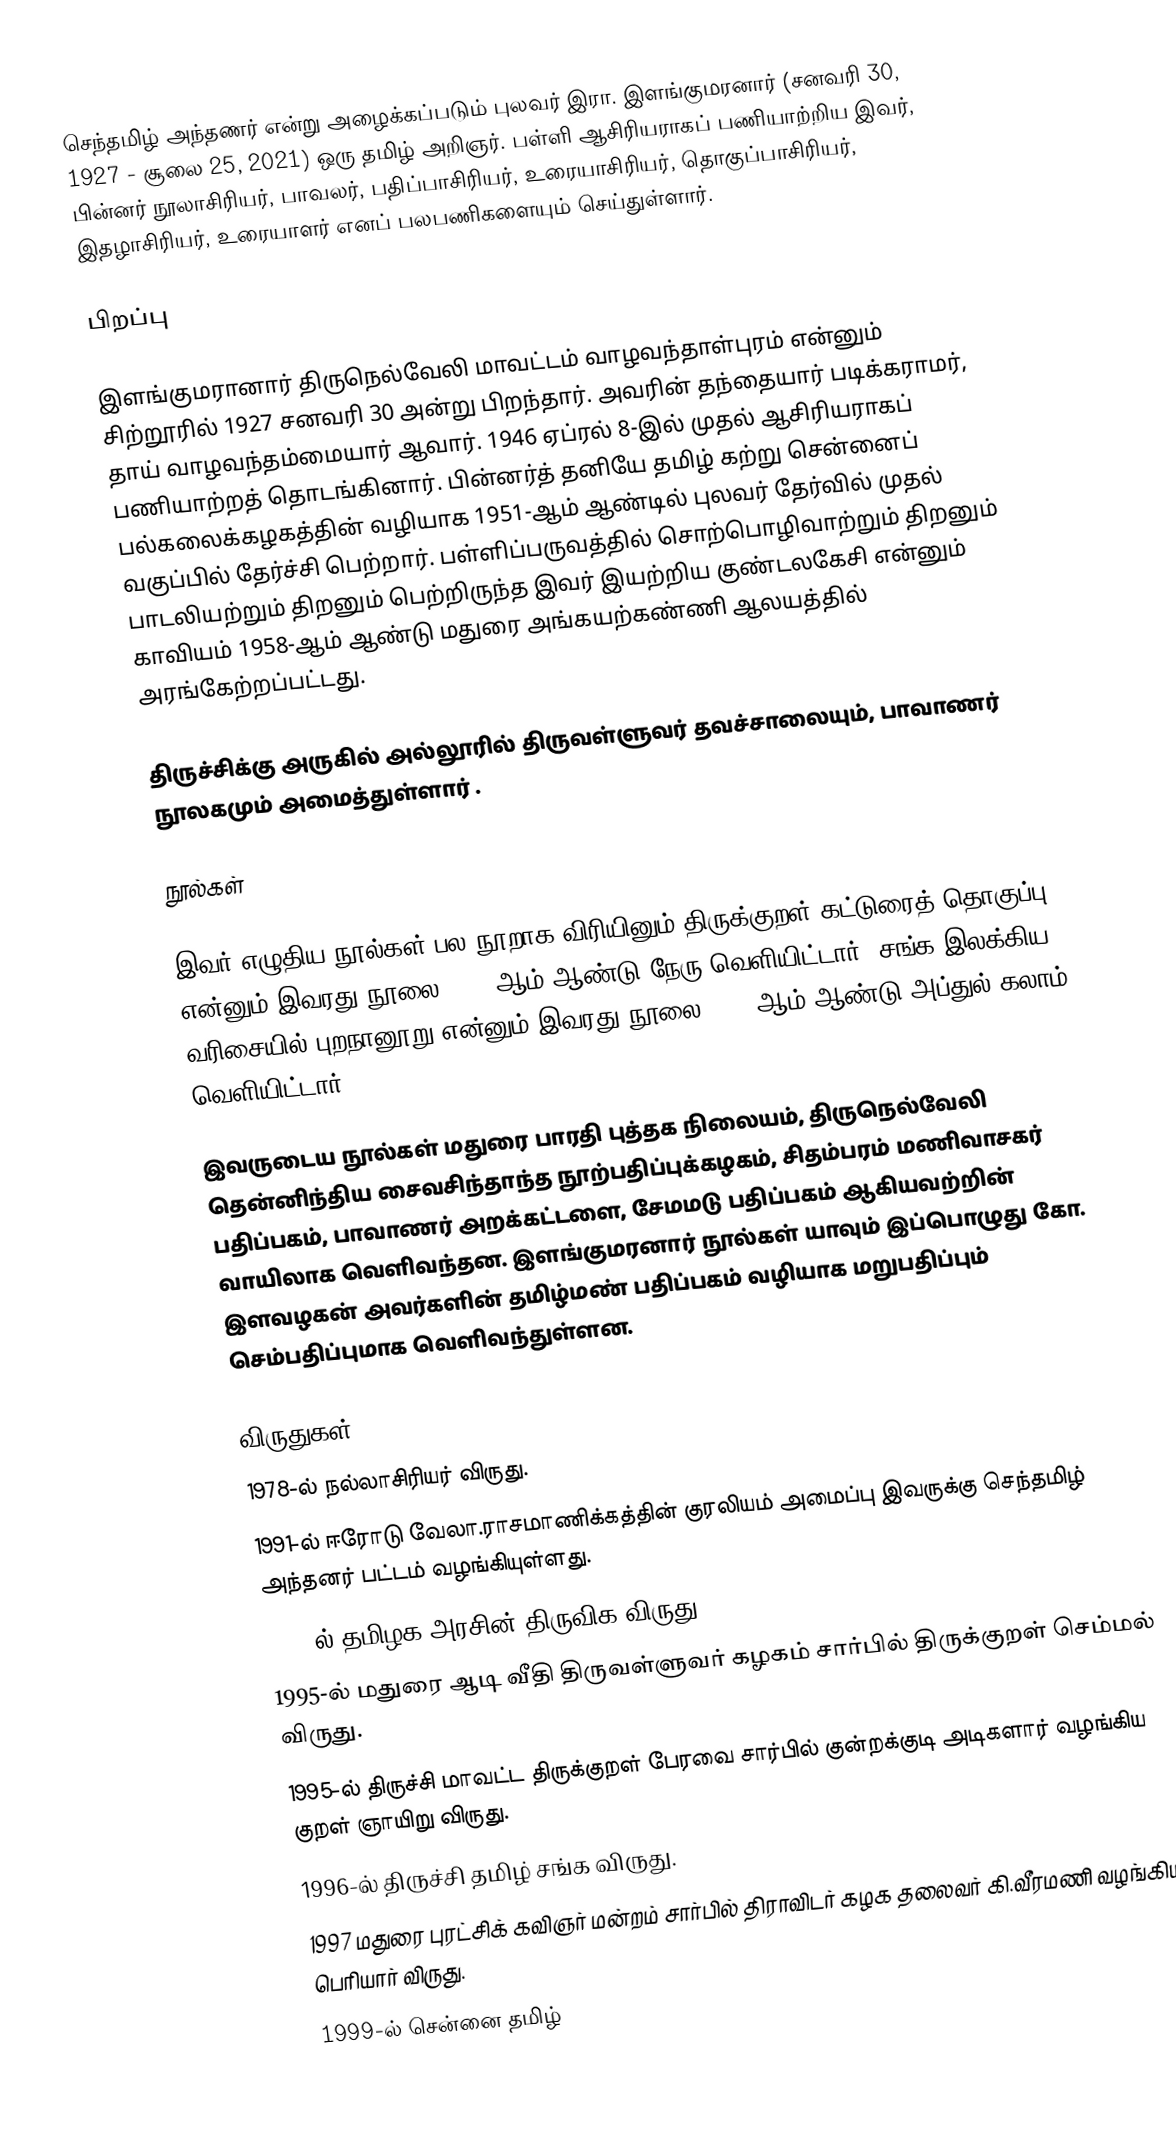
செந்தமிழ் அந்தணர் என்று அழைக்கப்படும் புலவர் இரா. இளங்குமரனார் (சனவரி 30, 1927 - சூலை 25, 2021) ஒரு தமிழ் அறிஞர். பள்ளி ஆசிரியராகப் பணியாற்றிய இவர், பின்னர் நூலாசிரியர், பாவலர், பதிப்பாசிரியர், உரையாசிரியர், தொகுப்பாசிரியர், இதழாசிரியர், உரையாளர் எனப் பலபணிகளையும் செய்துள்ளார்.

பிறப்பு

இளங்குமரானார் திருநெல்வேலி மாவட்டம் வாழவந்தாள்புரம் என்னும் சிற்றூரில் 1927 சனவரி 30 அன்று பிறந்தார். அவரின்  தந்தையார் படிக்கராமர், தாய் வாழவந்தம்மையார் ஆவார். 1946 ஏப்ரல் 8-இல் முதல் ஆசிரியராகப் பணியாற்றத் தொடங்கினார். பின்னர்த் தனியே தமிழ் கற்று சென்னைப் பல்கலைக்கழகத்தின் வழியாக 1951-ஆம் ஆண்டில் புலவர் தேர்வில் முதல் வகுப்பில் தேர்ச்சி பெற்றார். பள்ளிப்பருவத்தில் சொற்பொழிவாற்றும் திறனும் பாடலியற்றும் திறனும் பெற்றிருந்த இவர் இயற்றிய குண்டலகேசி என்னும் காவியம் 1958-ஆம் ஆண்டு மதுரை அங்கயற்கண்ணி ஆலயத்தில் அரங்கேற்றப்பட்டது.

திருச்சிக்கு அருகில் அல்லூரில் திருவள்ளுவர் தவச்சாலையும், பாவாணர் நூலகமும் அமைத்துள்ளார் .

நூல்கள்

இவர் எழுதிய நூல்கள் பல நூறாக விரியினும்   திருக்குறள் கட்டுரைத் தொகுப்பு என்னும் இவரது நூலை 1963-ஆம் ஆண்டு நேரு வெளியிட்டார். சங்க இலக்கிய வரிசையில் புறநானூறு என்னும் இவரது நூலை 2003-ஆம் ஆண்டு அப்துல் கலாம் வெளியிட்டார்.

இவருடைய நூல்கள் மதுரை பாரதி புத்தக நிலையம், திருநெல்வேலி தென்னிந்திய சைவசிந்தாந்த நூற்பதிப்புக்கழகம், சிதம்பரம் மணிவாசகர் பதிப்பகம், பாவாணர் அறக்கட்டளை, சேமமடு பதிப்பகம் ஆகியவற்றின் வாயிலாக வெளிவந்தன. இளங்குமரனார் நூல்கள் யாவும் இப்பொழுது கோ. இளவழகன் அவர்களின் தமிழ்மண் பதிப்பகம் வழியாக மறுபதிப்பும் செம்பதிப்புமாக வெளிவந்துள்ளன.

விருதுகள்
 1978-ல் நல்லாசிரியர் விருது.
 1991-ல் ஈரோடு வேலா.ராசமாணிக்கத்தின் குரலியம் அமைப்பு இவருக்கு செந்தமிழ் அந்தனர் பட்டம் வழங்கியுள்ளது.
 1994-ல் தமிழக அரசின் திருவிக விருது.
 1995-ல் மதுரை ஆடி வீதி திருவள்ளுவர் கழகம் சார்பில் திருக்குறள் செம்மல் விருது.
 1995-ல் திருச்சி மாவட்ட திருக்குறள் பேரவை சார்பில் குன்றக்குடி அடிகளார் வழங்கிய குறள் ஞாயிறு விருது.
 1996-ல் திருச்சி தமிழ் சங்க விருது.
 1997 மதுரை புரட்சிக் கவிஞர் மன்றம் சார்பில் திராவிடர் கழக தலைவர் கி.வீரமணி வழங்கிய பெரியார் விருது.
 1999-ல் சென்னை தமிழ்